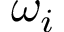
\omega _ { i }